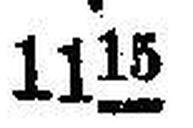
1115